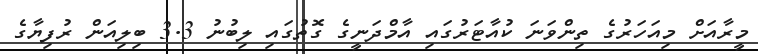
މީރާއަށް މިއަހަރުގެ ތިންވަނަ ކުއާޓަރުގައި އާމްދަނީގެ ގޮތުގައި ލިބުނު 3.3 ބިލިއަން ރުފިޔާގެ